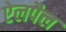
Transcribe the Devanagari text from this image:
ऐलपैल